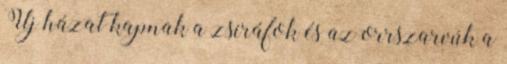
Új házat kapnak a zsiráfok és az orrszarvúk a